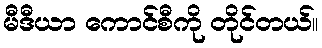
မီဒီယာ ကောင်စီကို တိုင်တယ်။